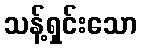
သန့်ရှင်းသော